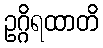
ဥဂ္ဂိရထာတိ